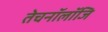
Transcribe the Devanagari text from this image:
तेचनॉलॉजि